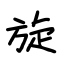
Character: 旋